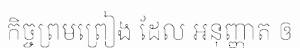
កិច្ចព្រមព្រៀង ដែល អនុញ្ញាត ឲ